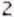
2